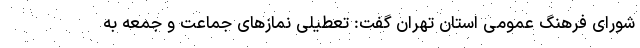
شورای فرهنگ عمومی استان تهران گفت: تعطیلی نمازهای جماعت و جمعه به